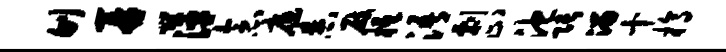
刎再萍念庭舂屐柢浯剽止池张溜十槁